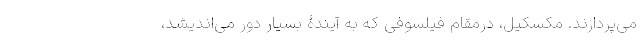
می‌پردازند. مکسکیل، درمقام فیلسوفی که به آیندۀ بسیار دور می‌اندیشد،